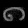
Digit: ၈